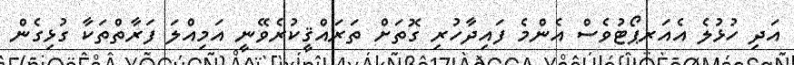
އަދި ހުޅުލެ އެއަރޕޯޓުވެސް އެންމެ ފައިދާހުރި ގޮތަށް ތަރައްޤީކުރެވޭނީ އަމިއްލަ ފަރާތްތަކާ ގުޅިގެން